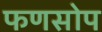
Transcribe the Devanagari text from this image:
फणसोप